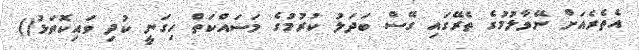
އެތެރެއަށް ނޭވާލުމުގެ ތެރޭގައި ގޭސް ބަދަލު ކުރުމުގެ މަސައްކަތް ހިގަނީ ކުދި ވައިކޮތަޅު()